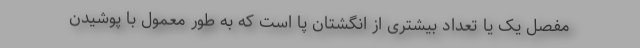
مفصل یک یا تعداد بیشتری از انگشتان پا است که به طور معمول با پوشیدن